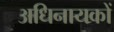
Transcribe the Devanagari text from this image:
अधिनायकों